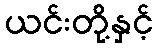
ယင်းတို့နှင့်